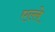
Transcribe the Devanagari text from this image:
एल्ले